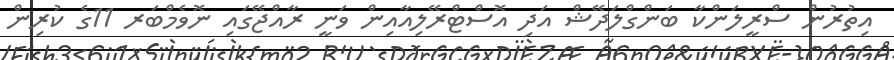
އިތުރުން ސްރީލަންކާ ބަންގްލަދޭޝް އަދި އޮސްޓްރޭލިއާއިން ވަނީ ރާއްޖޭގައި ނޮވެމްބަރ 11ގެ ކުރިން